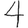
Digit: 4